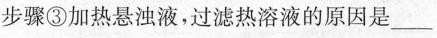
步骤③加热悬浊液，过滤热溶液的原因是___